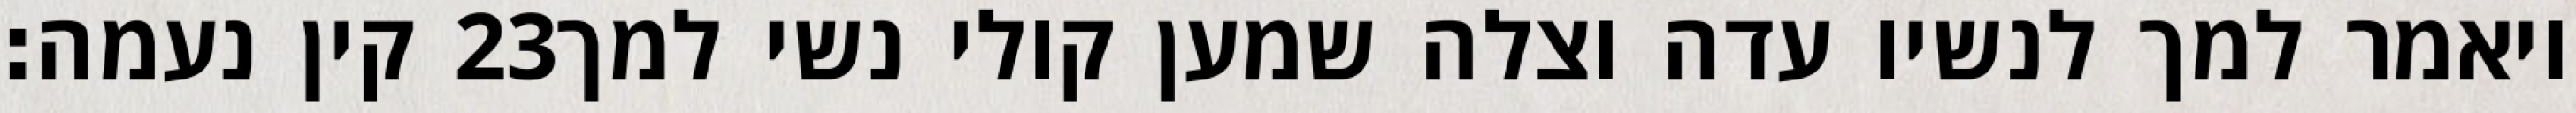
קין נעמה׃ ‎23‏ ויאמר למך לנשיו עדה וצלה שמען קולי נשי למך